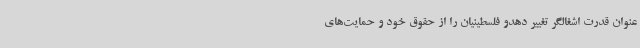
عنوان قدرت اشغالگر تغییر دهدو فلسطینیان را از حقوق خود و حمایت‌های